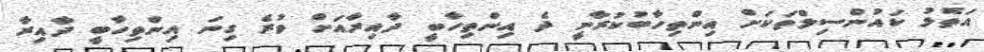
އަތޮޅު ކައުންސިލްތަކަށް އިންތިހާބުކުރާނީ ދެ އިންތިހާބީ ދާއިރާއަށް ވުރެ ގިނަ އިންތިހާބީ ދާއިރާ